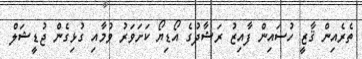
ތެރެއިން ޤާޒީ ހުސައިން ފާއިޒު ރަޝާދުގެ އޯޑިޔޯ ކަށަވަރު ވުމާއި ގުޅިގެން ޖުޑީޝަލް